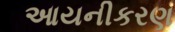
આયનીકરણ